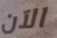
الآن